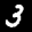
Label: 3